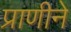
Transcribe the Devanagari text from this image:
प्राणीने